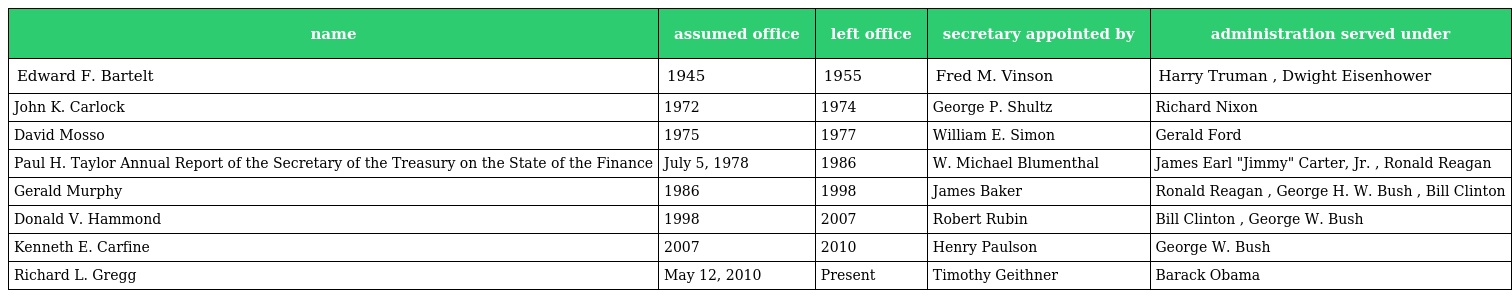
| name | assumed office | left office | secretary appointed by | administration served under |
 | --- | --- | --- | --- | --- |
 | Edward F. Bartelt | 1945 | 1955 | Fred M. Vinson | Harry Truman , Dwight Eisenhower |
 | John K. Carlock | 1972 | 1974 | George P. Shultz | Richard Nixon |
 | David Mosso | 1975 | 1977 | William E. Simon | Gerald Ford |
 | Paul H. Taylor Annual Report of the Secretary of the Treasury on the State of the Finance | July 5, 1978 | 1986 | W. Michael Blumenthal | James Earl "Jimmy" Carter, Jr. , Ronald Reagan |
 | Gerald Murphy | 1986 | 1998 | James Baker | Ronald Reagan , George H. W. Bush , Bill Clinton |
 | Donald V. Hammond | 1998 | 2007 | Robert Rubin | Bill Clinton , George W. Bush |
 | Kenneth E. Carfine | 2007 | 2010 | Henry Paulson | George W. Bush |
 | Richard L. Gregg | May 12, 2010 | Present | Timothy Geithner | Barack Obama |